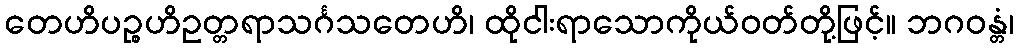
တေဟိပဉ္စဟိဥတ္တရာသင်္ဂသတေဟိ၊ ထိုငါးရာသောကိုယ်ဝတ်တို့ဖြင့်။ ဘဂဝန္တံ၊